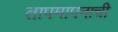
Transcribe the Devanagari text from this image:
तापमापनाची